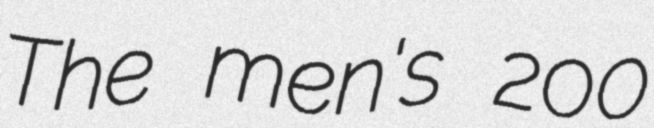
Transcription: The men's 200